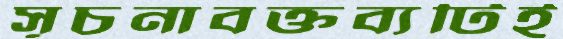
সূচনাবক্তব্যটিই